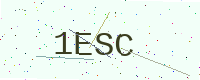
Text: 1ESC